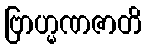
ဗြာဟ္မဏဇာတိ